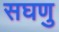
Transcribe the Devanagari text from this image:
सघणु